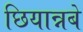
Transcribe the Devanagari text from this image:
छियान्नबे